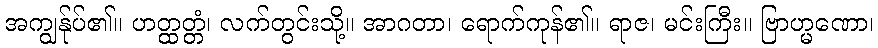
အကျွန်ုပ်၏။ ဟတ္ထတ္တံ၊ လက်တွင်းသို့။ အာဂတာ၊ ရောက်ကုန်၏။ ရာဇ၊ မင်းကြီး။ ဗြာဟ္မဏော၊